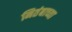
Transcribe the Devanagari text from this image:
नितंबाच्या